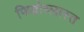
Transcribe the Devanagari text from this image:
फिब्रोब्लास्त